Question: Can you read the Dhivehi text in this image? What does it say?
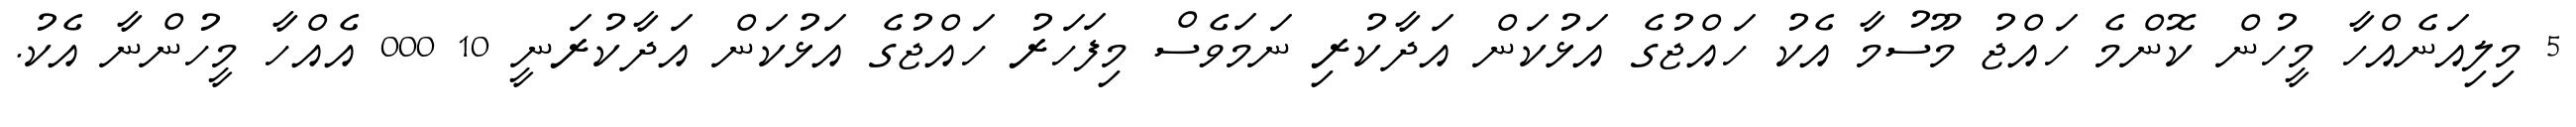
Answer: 5 މިލިއަނެއްހާ މީހުން ކޮންމެ ހައްޖު މޫސުމާ އެކު ހައްޖުގެ އަޅުކަން އަދާކުރި ނަމަވެސް މިފަހަރު ހައްޖުގެ އަޅުކަން އަދާކުރަނީ 10 000 އެއްހާ މީހުންނާ އެކު.